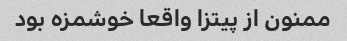
ممنون از پیتزا واقعا خوشمزه بود